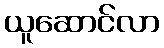
ယူဆောင်လာ